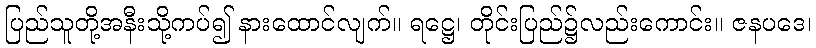
ပြည်သူတို့အနီးသို့ကပ်၍ နားထောင်လျက်။ ရဋ္ဌေ၊ တိုင်းပြည်၌လည်းကောင်း။ ဇနပဒေ၊